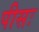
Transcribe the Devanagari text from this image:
पीसः